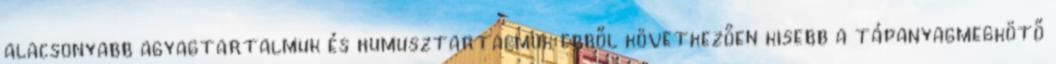
alacsonyabb agyagtartalmuk és humusztartalmuk ebből következően kisebb a tápanyagmegkötő